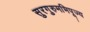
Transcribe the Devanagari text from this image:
सुरगुरुमभिपूज्य